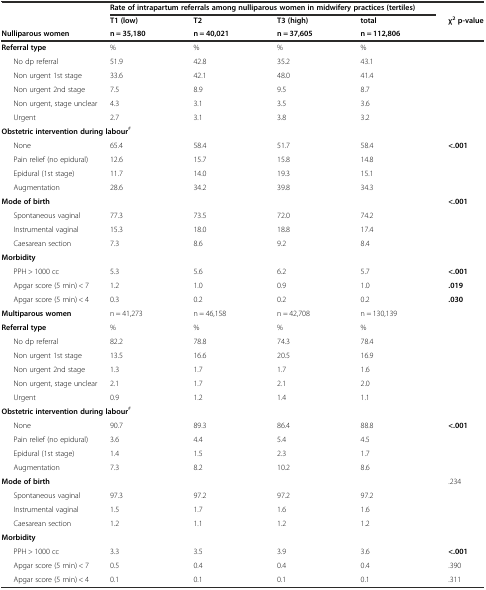
<table><thead><tr><td rowspan="2"></td><td colspan="4"><b>Rate of intrapartum referrals among nulliparous women in midwifery practices (tertiles)</b></td><td></td></tr><tr><td><b>T1 (low)</b></td><td><b>T2</b></td><td><b>T3 (high)</b></td><td><b>total</b></td><td><b>χ<sup>2</sup>p-value</b></td></tr><tr><td><b>Nulliparous women</b></td><td><b>n = 35,180</b></td><td><b>n = 40,021</b></td><td><b>n = 37,605</b></td><td><b>n = 112,806</b></td><td></td></tr></thead><tbody><tr><td><b>Referral type</b></td><td>%</td><td>%</td><td>%</td><td>%</td><td></td></tr><tr><td>No dp referral</td><td>51.9</td><td>42.8</td><td>35.2</td><td>43.1</td><td></td></tr><tr><td>Non urgent 1st stage</td><td>33.6</td><td>42.1</td><td>48.0</td><td>41.4</td><td></td></tr><tr><td>Non urgent 2nd stage</td><td>7.5</td><td>8.9</td><td>9.5</td><td>8.7</td><td></td></tr><tr><td>Non urgent, stage unclear</td><td>4.3</td><td>3.1</td><td>3.5</td><td>3.6</td><td></td></tr><tr><td>Urgent</td><td>2.7</td><td>3.1</td><td>3.8</td><td>3.2</td><td></td></tr><tr><td colspan="3"><b>Obstetric intervention during labour</b><sup>#</sup></td><td></td><td></td><td></td></tr><tr><td>None</td><td>65.4</td><td>58.4</td><td>51.7</td><td>58.4</td><td><b>&lt;.001</b></td></tr><tr><td>Pain relief (no epidural)</td><td>12.6</td><td>15.7</td><td>15.8</td><td>14.8</td><td></td></tr><tr><td>Epidural (1st stage)</td><td>11.7</td><td>14.0</td><td>19.3</td><td>15.1</td><td></td></tr><tr><td>Augmentation</td><td>28.6</td><td>34.2</td><td>39.8</td><td>34.3</td><td></td></tr><tr><td><b>Mode of birth</b></td><td></td><td></td><td></td><td></td><td><b>&lt;.001</b></td></tr><tr><td>Spontaneous vaginal</td><td>77.3</td><td>73.5</td><td>72.0</td><td>74.2</td><td></td></tr><tr><td>Instrumental vaginal</td><td>15.3</td><td>18.0</td><td>18.8</td><td>17.4</td><td></td></tr><tr><td>Caesarean section</td><td>7.3</td><td>8.6</td><td>9.2</td><td>8.4</td><td></td></tr><tr><td><b>Morbidity</b></td><td></td><td></td><td></td><td></td><td></td></tr><tr><td>PPH &gt; 1000 cc</td><td>5.3</td><td>5.6</td><td>6.2</td><td>5.7</td><td><b>&lt;.001</b></td></tr><tr><td>Apgar score (5 min) &lt; 7</td><td>1.2</td><td>1.0</td><td>0.9</td><td>1.0</td><td><b>.019</b></td></tr><tr><td>Apgar score (5 min) &lt; 4</td><td>0.3</td><td>0.2</td><td>0.2</td><td>0.2</td><td><b>.030</b></td></tr><tr><td><b>Multiparous women</b></td><td>n = 41,273</td><td>n = 46,158</td><td>n = 42,708</td><td>n = 130,139</td><td></td></tr><tr><td><b>Referral type</b></td><td>%</td><td>%</td><td>%</td><td>%</td><td></td></tr><tr><td>No dp referral</td><td>82.2</td><td>78.8</td><td>74.3</td><td>78.4</td><td></td></tr><tr><td>Non urgent 1st stage</td><td>13.5</td><td>16.6</td><td>20.5</td><td>16.9</td><td></td></tr><tr><td>Non urgent 2nd stage</td><td>1.3</td><td>1.7</td><td>1.7</td><td>1.6</td><td></td></tr><tr><td>Non urgent, stage unclear</td><td>2.1</td><td>1.7</td><td>2.1</td><td>2.0</td><td></td></tr><tr><td>Urgent</td><td>0.9</td><td>1.2</td><td>1.4</td><td>1.1</td><td></td></tr><tr><td colspan="3"><b>Obstetric intervention during labour</b><sup>#</sup></td><td></td><td></td><td></td></tr><tr><td>None</td><td>90.7</td><td>89.3</td><td>86.4</td><td>88.8</td><td><b>&lt;.001</b></td></tr><tr><td>Pain relief (no epidural)</td><td>3.6</td><td>4.4</td><td>5.4</td><td>4.5</td><td></td></tr><tr><td>Epidural (1st stage)</td><td>1.4</td><td>1.5</td><td>2.3</td><td>1.7</td><td></td></tr><tr><td>Augmentation</td><td>7.3</td><td>8.2</td><td>10.2</td><td>8.6</td><td></td></tr><tr><td><b>Mode of birth</b></td><td></td><td></td><td></td><td></td><td>.234</td></tr><tr><td>Spontaneous vaginal</td><td>97.3</td><td>97.2</td><td>97.2</td><td>97.2</td><td></td></tr><tr><td>Instrumental vaginal</td><td>1.5</td><td>1.7</td><td>1.6</td><td>1.6</td><td></td></tr><tr><td>Caesarean section</td><td>1.2</td><td>1.1</td><td>1.2</td><td>1.2</td><td></td></tr><tr><td><b>Morbidity</b></td><td></td><td></td><td></td><td></td><td></td></tr><tr><td>PPH &gt; 1000 cc</td><td>3.3</td><td>3.5</td><td>3.9</td><td>3.6</td><td><b>&lt;.001</b></td></tr><tr><td>Apgar score (5 min) &lt; 7</td><td>0.5</td><td>0.4</td><td>0.4</td><td>0.4</td><td>.390</td></tr><tr><td>Apgar score (5 min) &lt; 4</td><td>0.1</td><td>0.1</td><td>0.1</td><td>0.1</td><td>.311</td></tr></tbody></table>